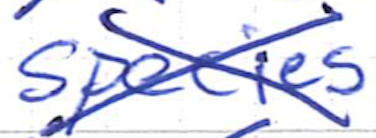
Text: species
Cross-out: cross
Writing tool: ballpoint